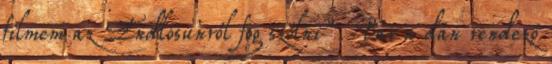
filmem az Endlösunról fog szólni”. Bár a dán rendező